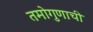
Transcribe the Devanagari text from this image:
तमोगुणाची